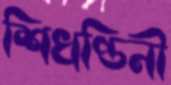
শিখণ্ডিনী